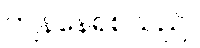
ကျန်နေရစ်သည်။